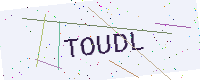
Text: TOUDL